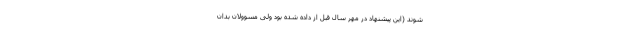
شوند (این پیشنهاد در مهر سال قبل از داده شده بود ولی مسوولان بدان